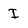
Character: I